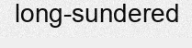
long-sundered